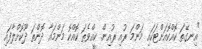
"އިނގޭތަ ކޮއްކޮއަށްޓަކައި މަންމަ ރުއި ރުއިން. ކީއްވެތަ ކޮއްކޮ މަންމައާ ދޮންތަ ދޫކޮށްލާފައި